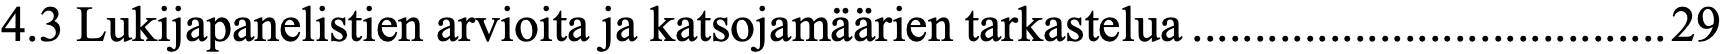
4.3 Lukijapanelistien arvioita ja katsojamäärien tarkastelua......................................29